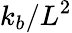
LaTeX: k_{b}/L^{2}